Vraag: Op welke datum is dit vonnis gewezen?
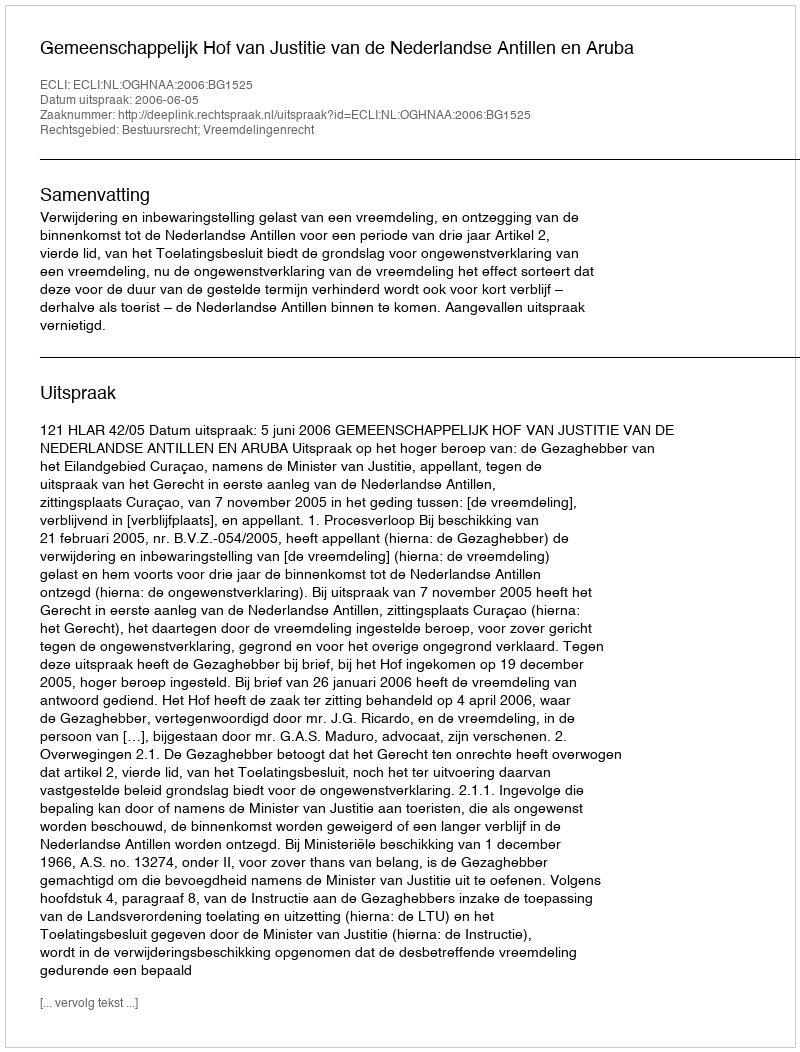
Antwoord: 2006-06-05